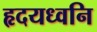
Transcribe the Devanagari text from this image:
हृदयध्वनि